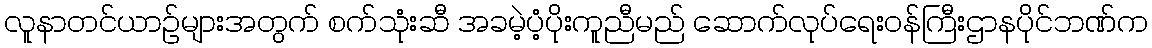
လူနာတင်ယာဉ်များအတွက် စက်သုံးဆီ အခမဲ့ပံ့ပိုးကူညီမည် ဆောက်လုပ်ရေးဝန်ကြီးဌာနပိုင်ဘဏ်က